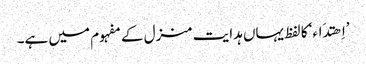
’اِھتدَاء‘ کا لفظ یہاں ہدایت منزل کے مفہوم میں ہے۔